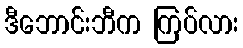
ဒီဘောင်းဘီက ကြပ်လား